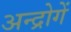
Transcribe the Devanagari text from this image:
अन्द्रोगें